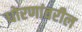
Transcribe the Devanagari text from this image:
धोरणांवरील